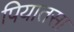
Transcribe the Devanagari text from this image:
पियातसा